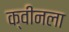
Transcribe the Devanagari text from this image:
क्वीनला